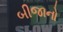
બીજાનો